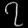
Digit: ၇